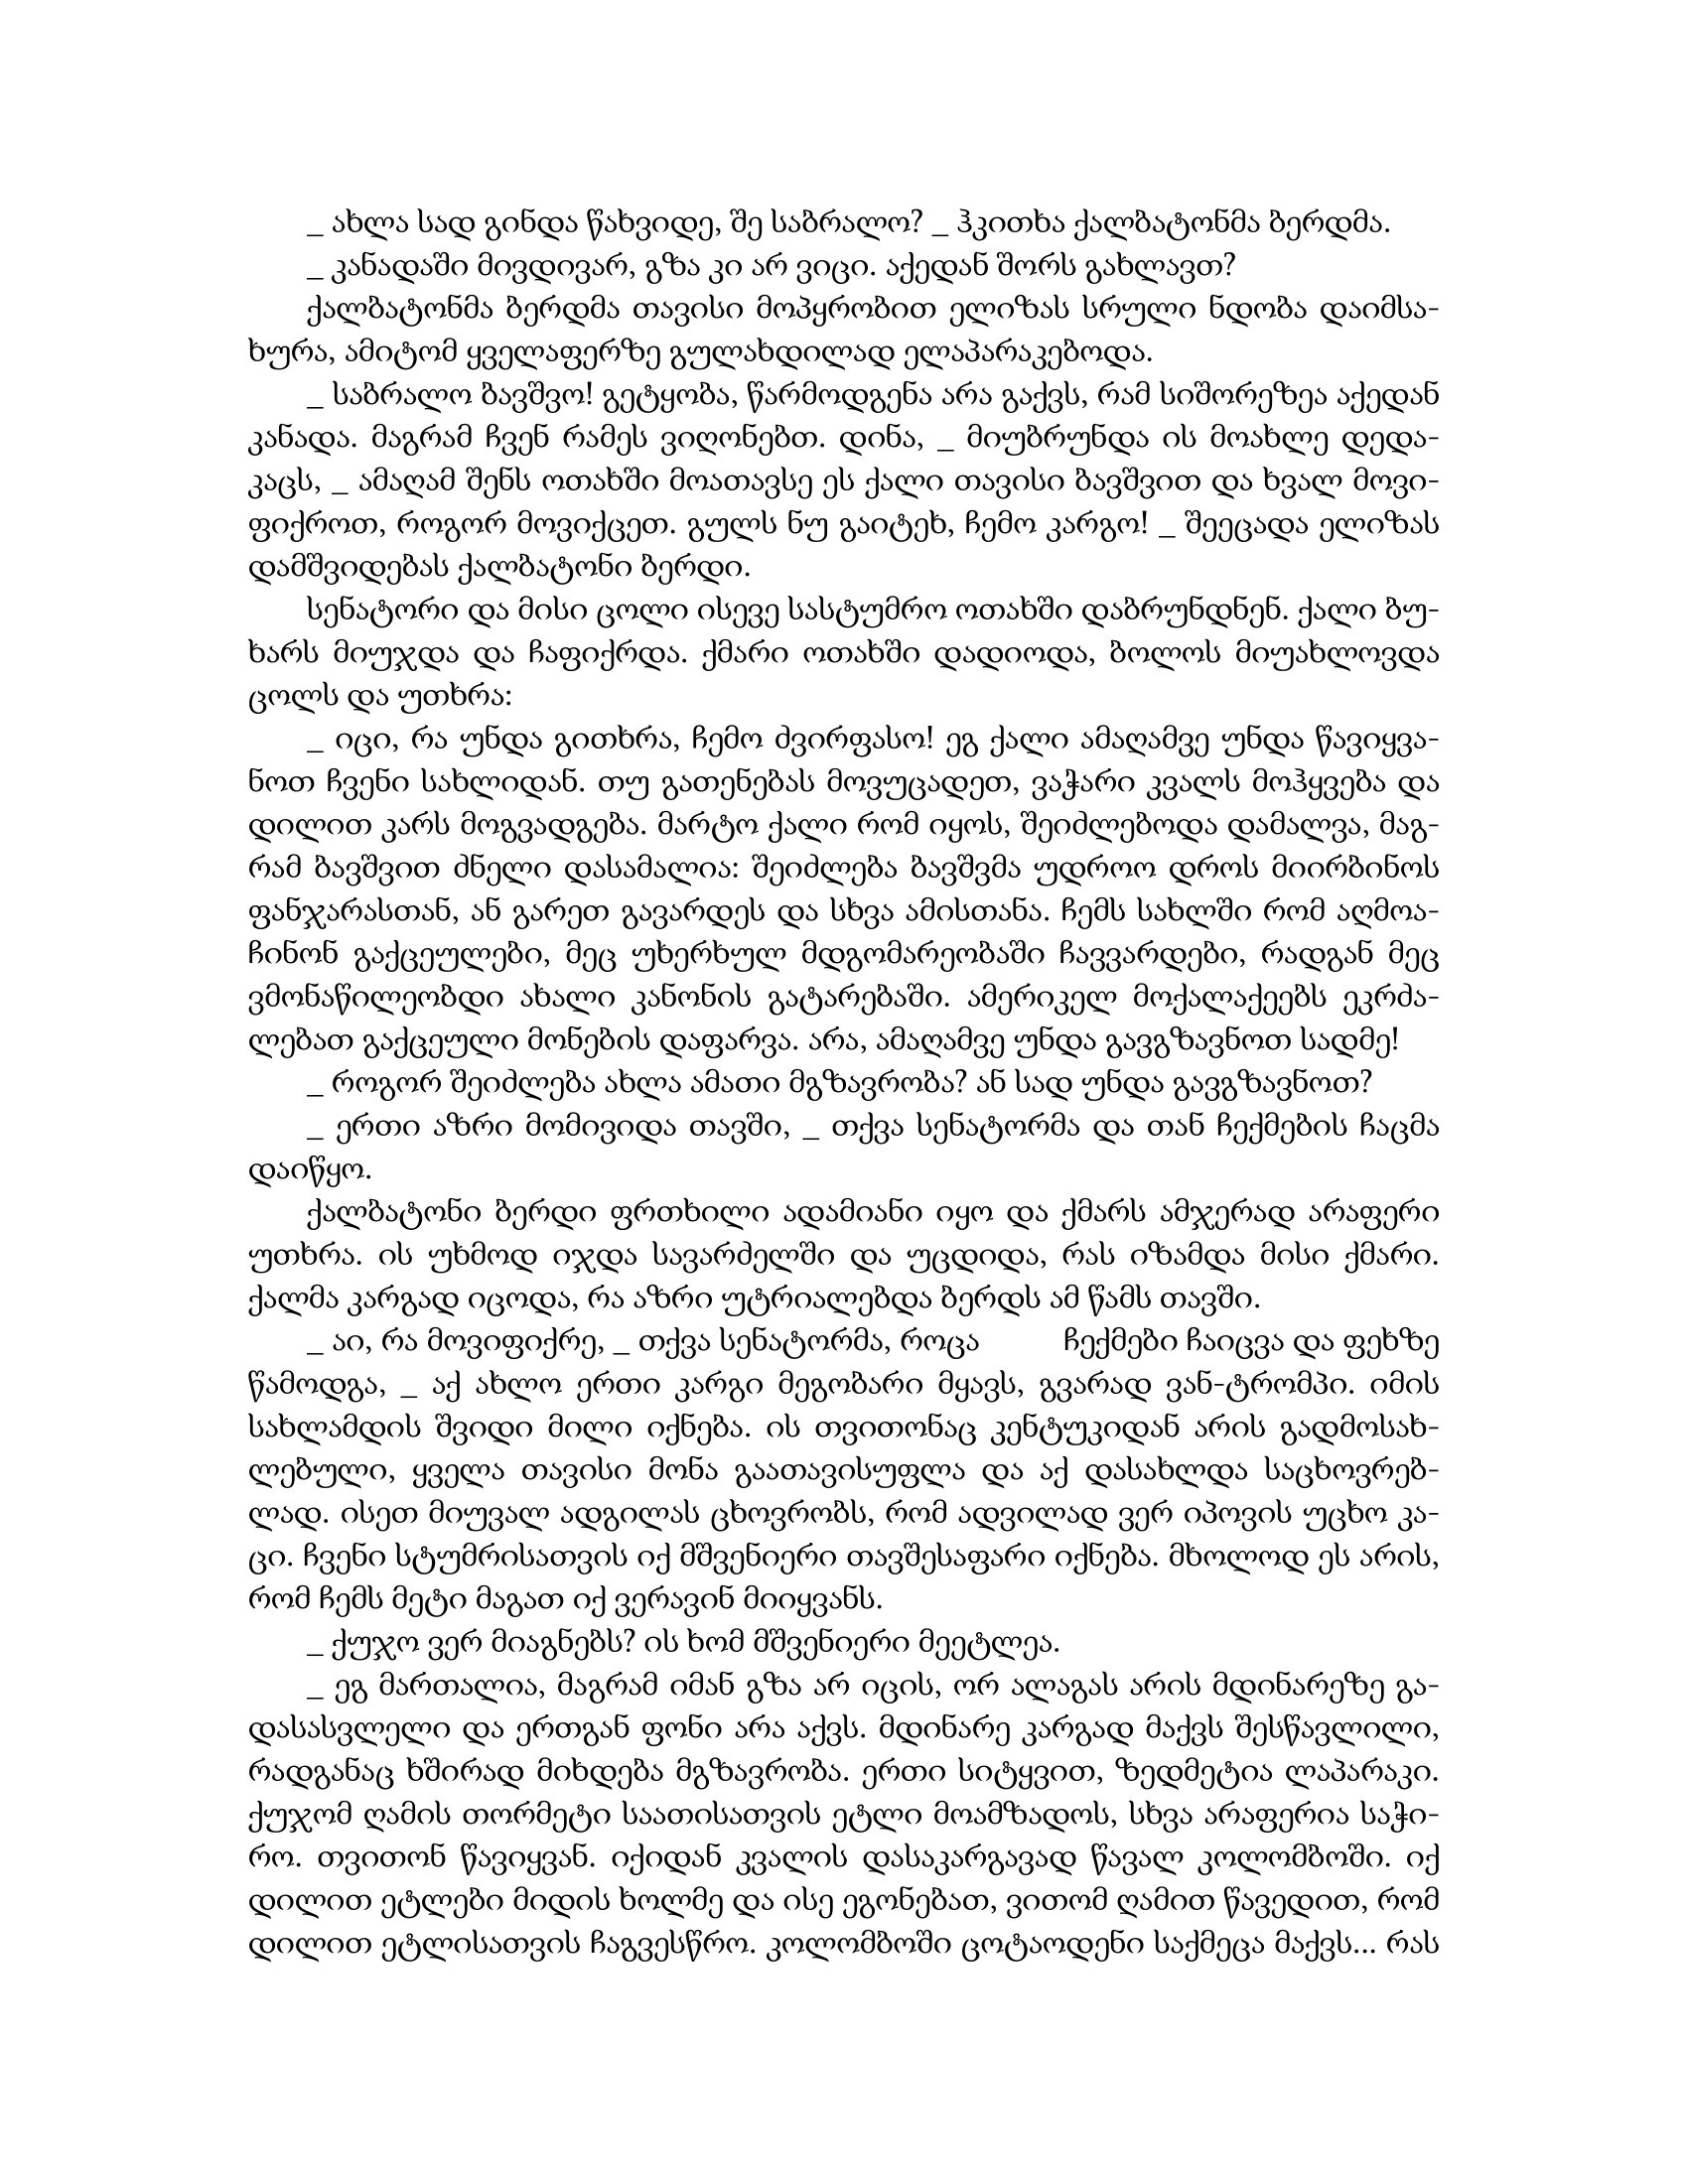
Language: gr